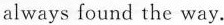
always found the way.